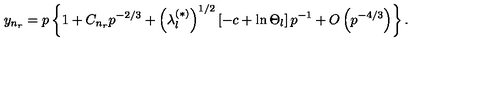
y _ { n _ { r } } = p \left\{ 1 + C _ { n _ { r } } p ^ { - 2 / 3 } + \left( \lambda _ { l } ^ { ( \ast ) } \right) ^ { 1 / 2 } \left[ - c + \ln \Theta _ { l } \right] p ^ { - 1 } + O \left( p ^ { - 4 / 3 } \right) \right\} .